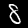
Label: 8